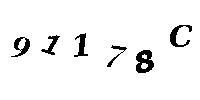
91178C